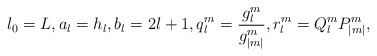
\begin{align*}l_0=L,a_l=h_l,b_l=2l+1,q_l^m=\frac{g_l^m}{g_{|m|}^m},r_l^m=Q_l^mP_{|m|}^m,\end{align*}